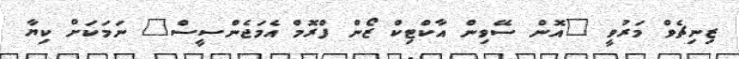
ޒިނިޗެވް މަރުވީ "އޮން ސޭވިން އާކްޓިކް ޒޯން ފްރޮމް އެމަޖެންސީސް" ނަމަކަށް ކިޔާ